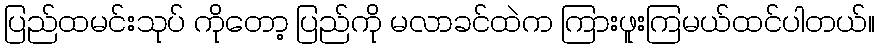
ပြည်ထမင်းသုပ် ကိုတော့ ပြည်ကို မလာခင်ထဲက ကြားဖူးကြမယ်ထင်ပါတယ်။